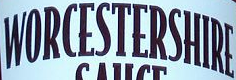
WORCESTERSHIRE